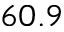
6 0 . 9